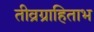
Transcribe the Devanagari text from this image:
तीव्रग्राहिताभ